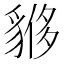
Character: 𧳤